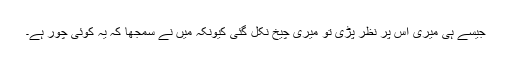
جیسے ہی میری اس پر نظر پڑی تو میری چیخ نکل گئی کیونکہ میں نے سمجھا کہ یہ کوئی چور ہے۔